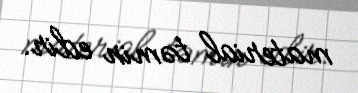
material təmin edir.